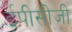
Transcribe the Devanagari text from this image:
ईपीसीजी